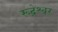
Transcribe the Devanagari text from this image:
रूद्रेश्वर